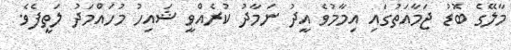
މާލޭގެ ބޮޑު ޖަމާއަތުގައި އިމާމުވެ އީދު ނަމާދު ކުރެއްވީ ޝައިހު މުހައްމަދު ލަތީފެވެ.